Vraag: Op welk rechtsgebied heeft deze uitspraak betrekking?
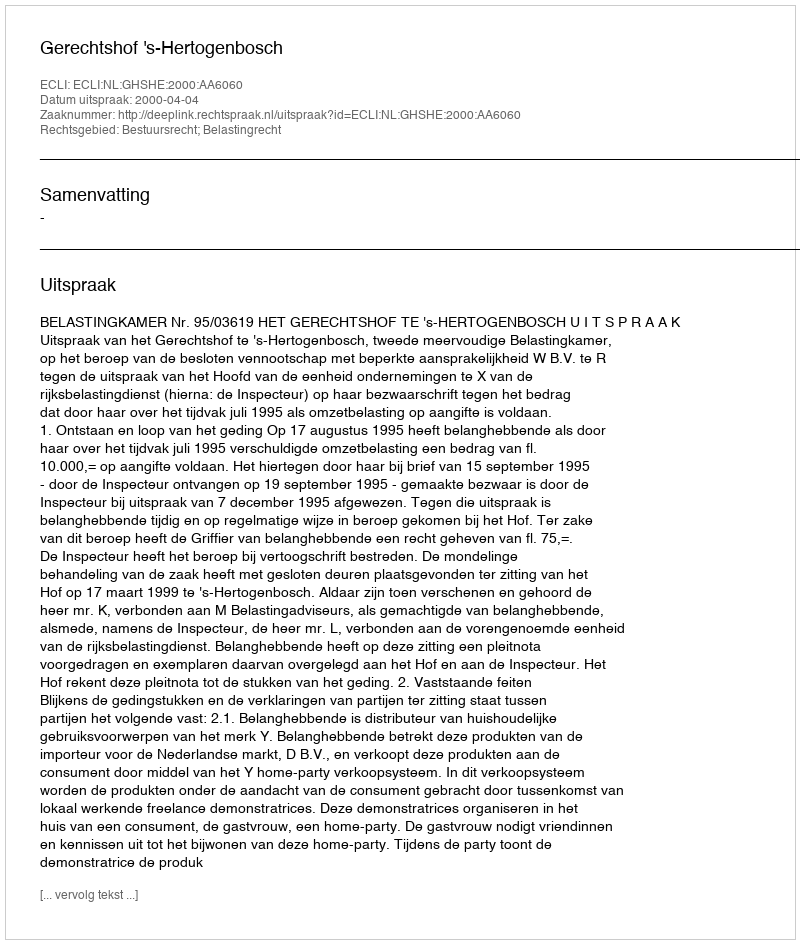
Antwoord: Bestuursrecht; Belastingrecht